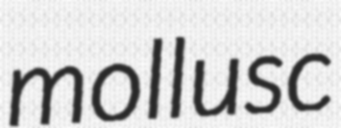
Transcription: mollusc